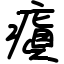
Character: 瘨